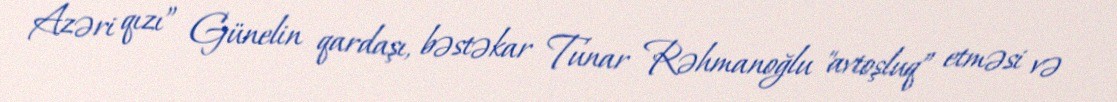
Azəri qızı” Günelin qardaşı, bəstəkar Tunar Rəhmanoğlu "avtoşluq” etməsi və